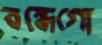
বন্ধেগো